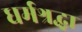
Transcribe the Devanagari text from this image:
धर्मश्रद्धा